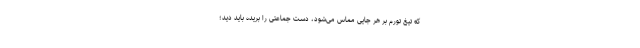
که تیغ تورم بر هر جایی مماس می‌شود، دست جماعتی را بریده باید دید؛